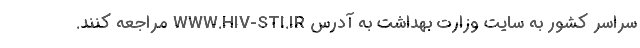
سراسر کشور به سایت وزارت بهداشت به آدرس WWW.HIV-STI.IR مراجعه کنند.